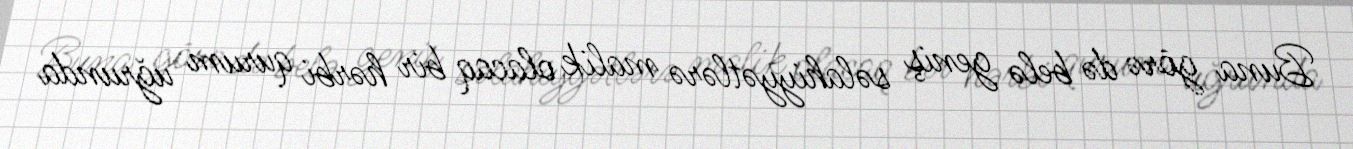
Buna görə də belə geniş səlahiyyətlərə malik olacaq bir hərbi qurum uğrunda